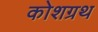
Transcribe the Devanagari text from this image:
कोशग्रथ